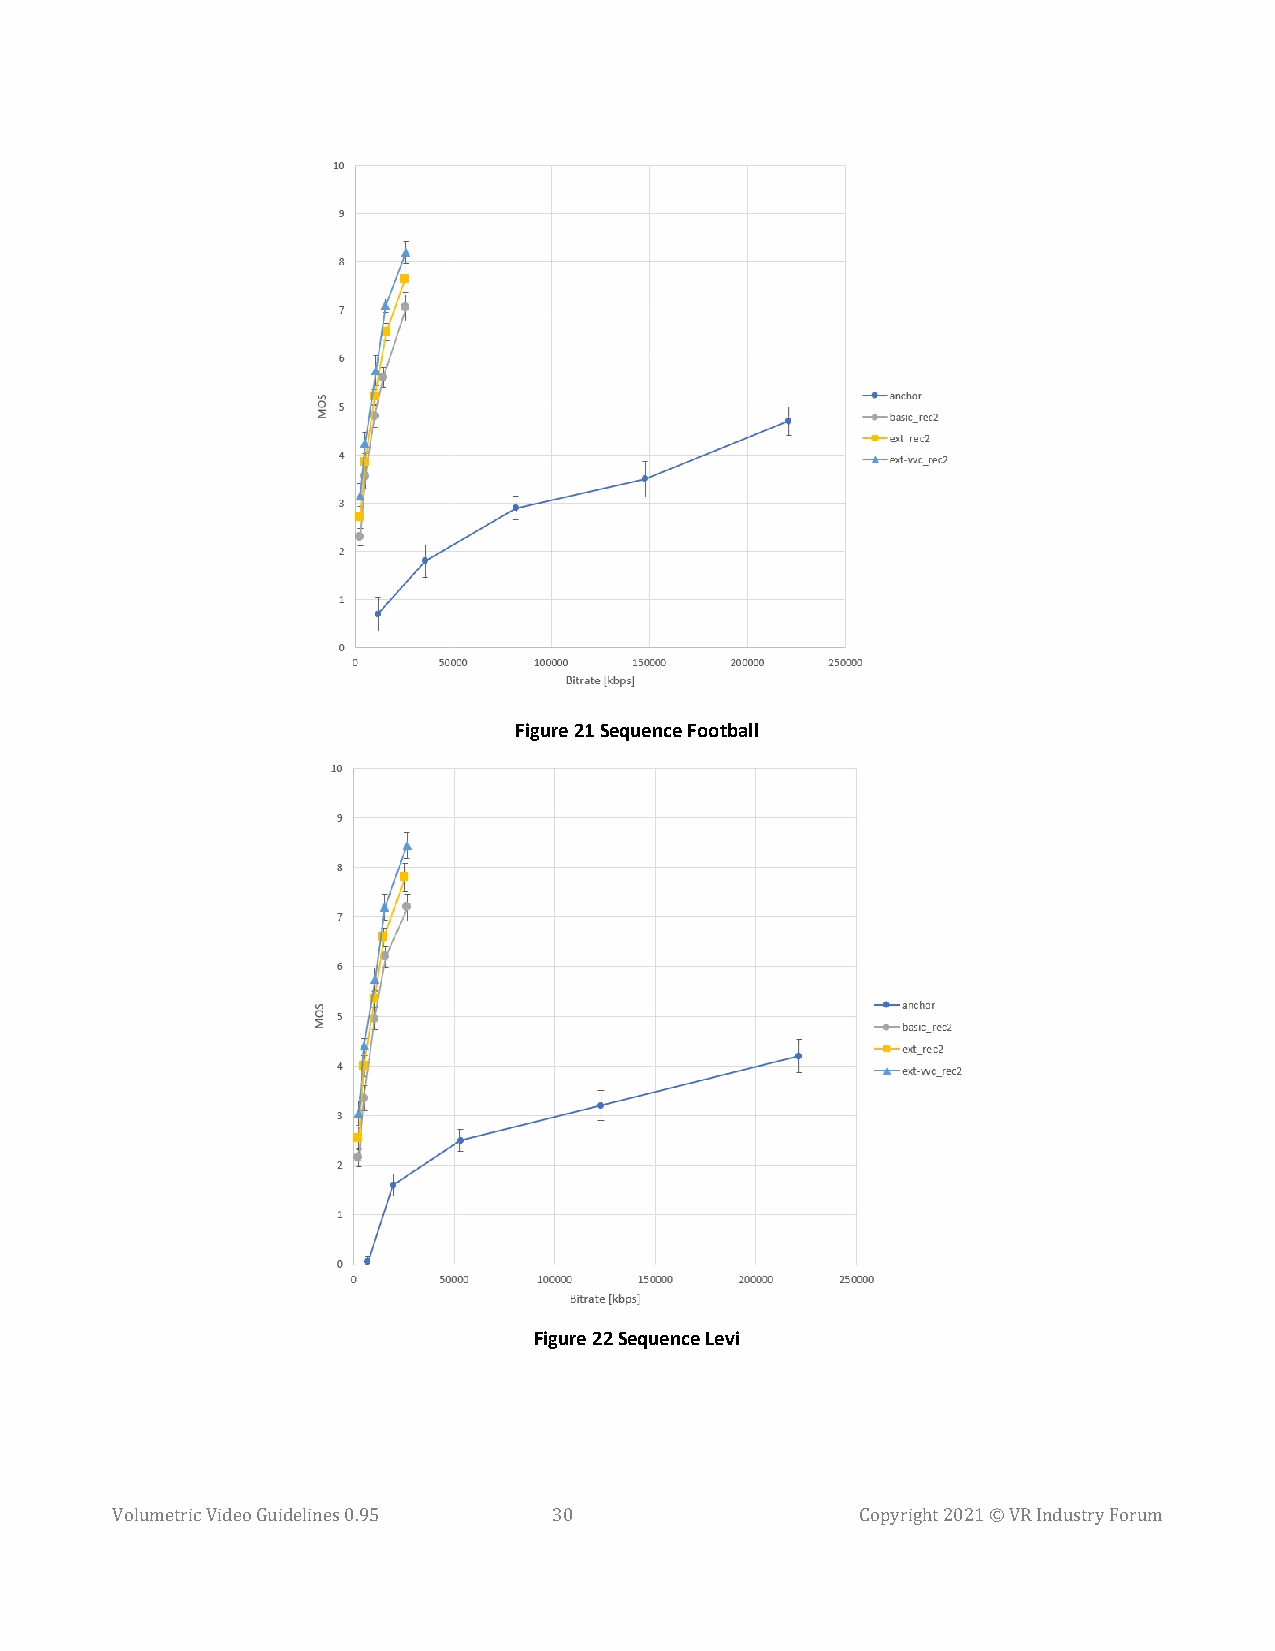
Figure 21 Sequence Football
 Figure 22 Sequence Levi
 Volumetric Video Guidelines 0.95 30               Copyright 2021 © VR Industry Forum